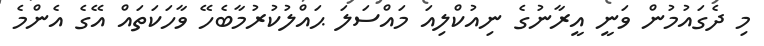
މި ދެގައުމުން ވަނީ އީރާނުގެ ނިއުކްލިއަ މައްސަލަ ޙައްލުކުރުމާބެހޭ ވާހަކަތައް އޭގެ އެންމެ